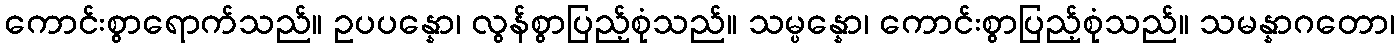
ကောင်းစွာရောက်သည်။ ဥပပန္နော၊ လွန်စွာပြည့်စုံသည်။ သမ္ပန္နော၊ ကောင်းစွာပြည့်စုံသည်။ သမန္နာဂတော၊